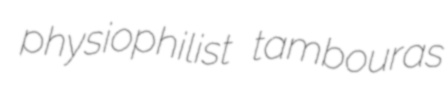
physiophilist tambouras